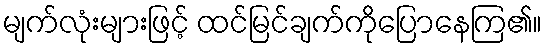
မျက်လုံးများဖြင့် ထင်မြင်ချက်ကိုပြောနေကြ၏။